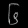
Digit: ၆